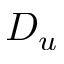
D _ { u }